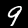
Digit: 9